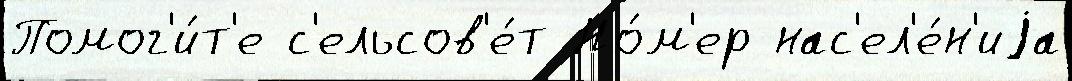
Помог'и́т'е с'ельсов'е́т Но́м'ер нас'ел'е́н'иjа